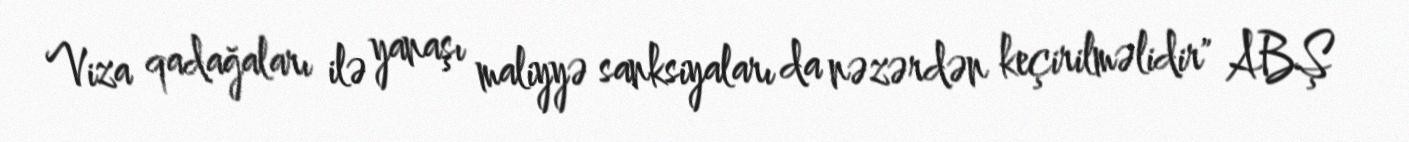
Viza qadağaları ilə yanaşı maliyyə sanksiyaları da nəzərdən keçirilməlidir" ABŞ